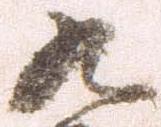
九